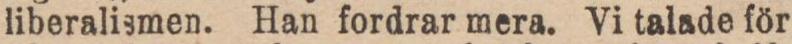
liberalismen. Han fordrar mera. Vi talade för